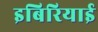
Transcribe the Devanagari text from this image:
इबिरियाई